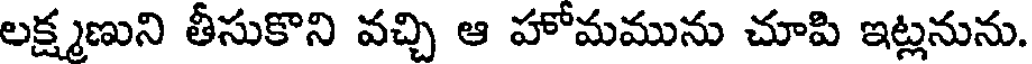
లక్ష్మణుని తీసుకొని వచ్చి ఆ హోమమును చూపి ఇట్లనును.